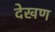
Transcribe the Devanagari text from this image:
देखण